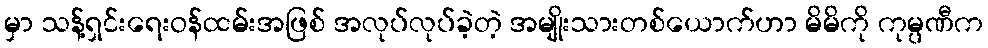
မှာ သန့်ရှင်းရေးဝန်ထမ်းအဖြစ် အလုပ်လုပ်ခဲ့တဲ့ အမျိုးသားတစ်ယောက်ဟာ မိမိကို ကုမ္ပဏီက